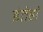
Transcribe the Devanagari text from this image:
इंतेहां